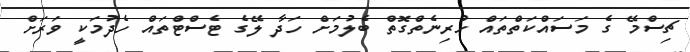
ޗިސްމޭ ގެ މަސައްކަތްތައް ހުރިނެތްގޮތް ބެލުމަށް ހަދާ ލޭގެ ޓެސްޓްތައް ހެދުމަކީ ވަރަށް